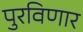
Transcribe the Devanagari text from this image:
पुरविणार